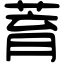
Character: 𦱀